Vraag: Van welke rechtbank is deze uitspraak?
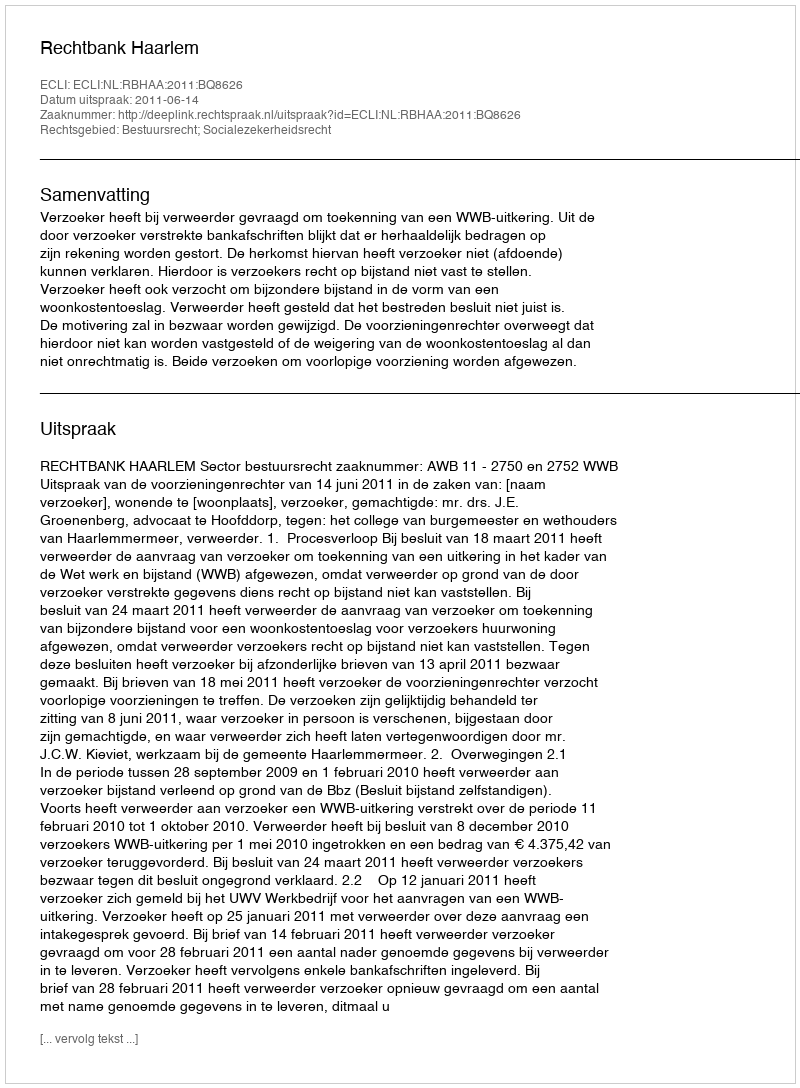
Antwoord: Rechtbank Haarlem